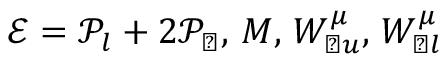
\mathcal { E } = \mathcal { P } _ { l } + 2 \mathcal { P } _ { \perp } , \, M , \, W _ { \perp u } ^ { \mu } , \, W _ { \perp l } ^ { \mu }